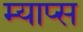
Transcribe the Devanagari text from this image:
म्याप्स